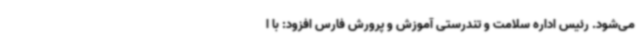
می‌شود. رئیس اداره سلامت و تندرستی آموزش و پرورش فارس افزود: با ا